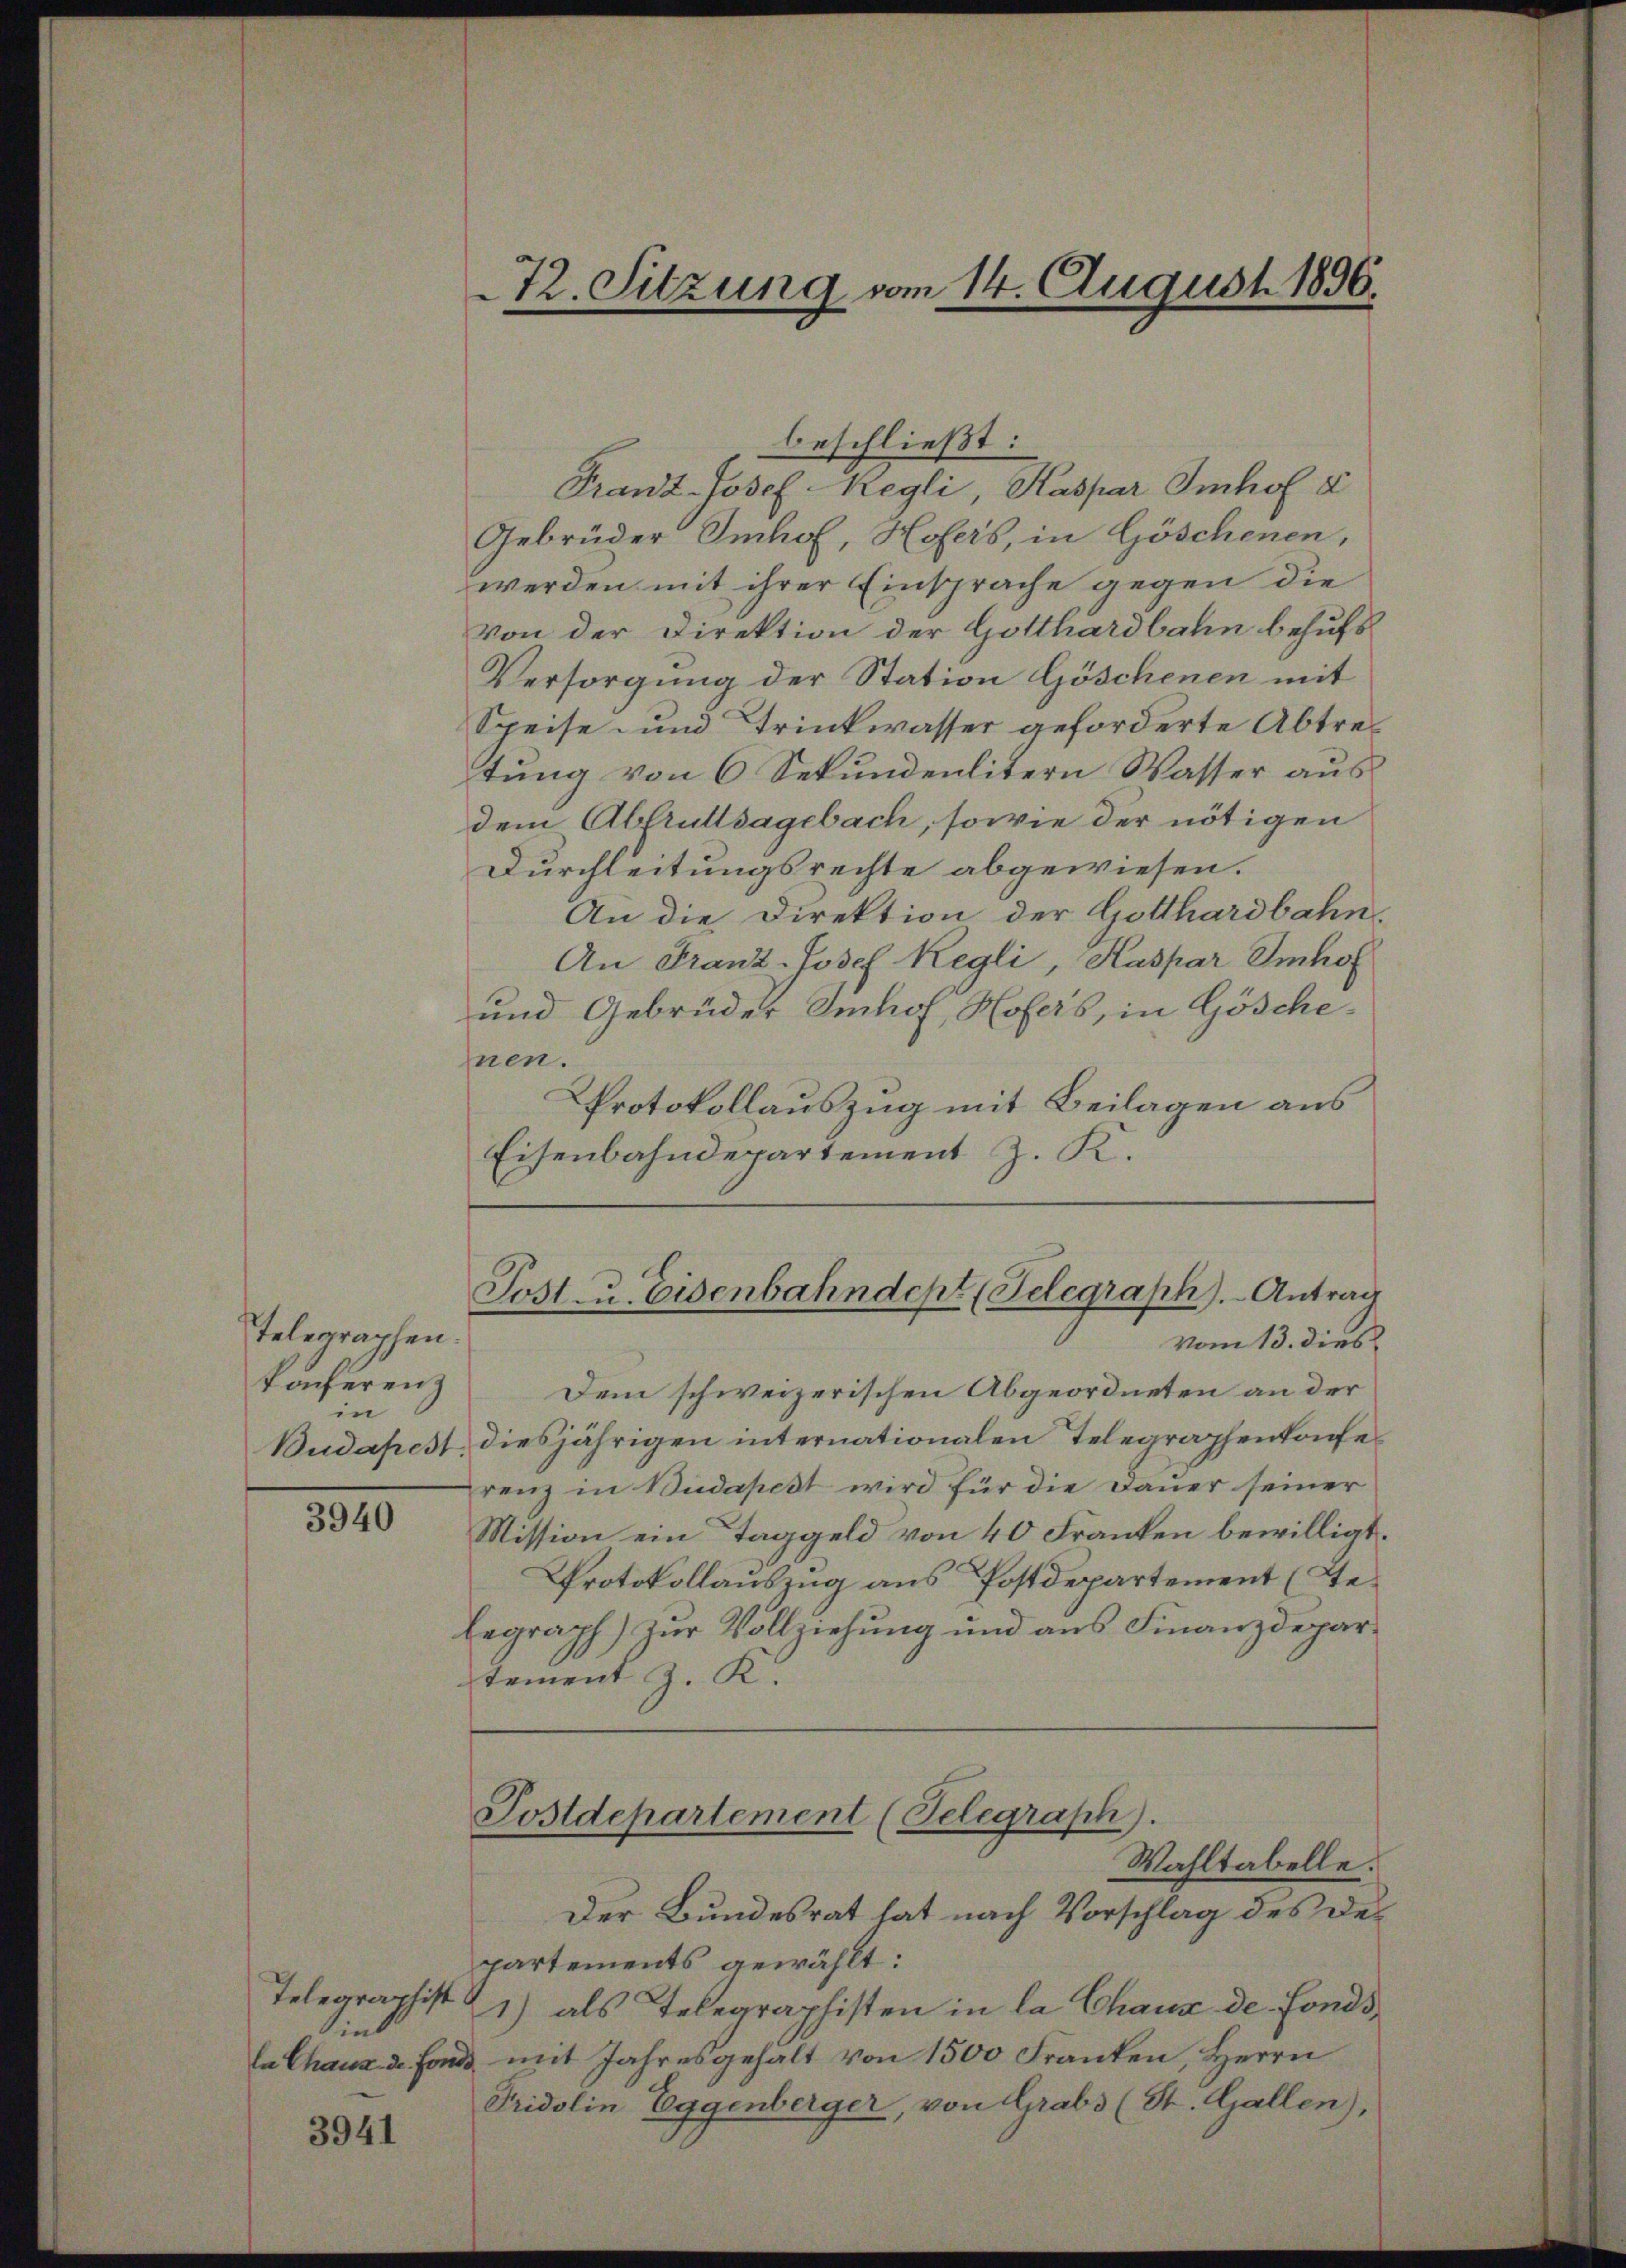
Telegraphen.
konferenz
in 6

3940

sint

3941

beschließt:
Franz-Josef Negli, Kaspar Imhof &
Gebrüder Imhof, Hofers, in Göschenen,
werden mit ihrer Einsprache gegen die
von der Direktion der Gotthardbahn behufs
Versorgung der Station Göschenen mit
Speise und Trinkwasser geforderte Abtretung von 6 Sekundenlitern Wasser aus
dem Abfruttsagebach, sowie der nötigen
Durchleitungsrechte abgewiesen.
An die Direktion der Gotthardbahn.
An Franz-Josef Regli, Kaspar Imhof
und Gebrüder Imhof, Hofers, in Göschenen.
Protokollauszug mit Beilagen aus
Eisenbahndepartement J. K.

72. Sitzung vom 14. August 1896.

Post- u. Eisenbahndept (Telegraph).- Antrag

Postdepartement (Telegraph).
Wahltabelle.

vom 13. dies
Dem schweizerischen Abgeordneten an der
Budapest, diesjährigen internationalen Telegraphenkonferenz in Budapest wird für die Dauer seiner
Mission ein Taggeld von 40 Franken bewilligt.
Protokollauszug aus Postdepartement (Te¬
Eegraph) zur Vollziehung und aus Finanzdeparstement J. K.

Der Bundesrat hat nach Vorschlag des Departements gewählt:
Telegraphist 21) als Telegraphisten in la Chaux de fondsla Chaus de fonds mit Jahresgehalt von 1500 Franken, Herrn
Tridolin Eggenberger, von Grabs (St. Gallen),